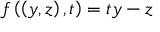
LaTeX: f \left( \left( y , z \right) , t \right) = t y - z